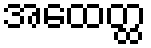
အထေတ္ထ